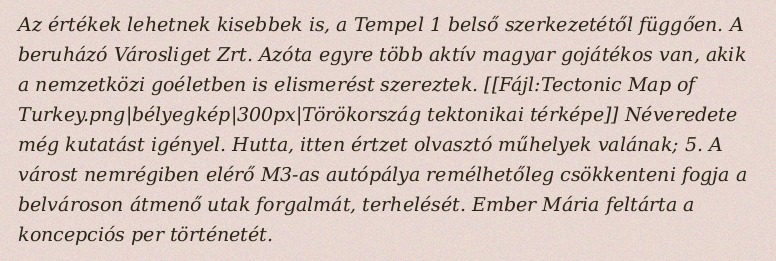
Az értékek lehetnek kisebbek is, a Tempel 1 belső szerkezetétől függően. A beruházó Városliget Zrt. Azóta egyre több aktív magyar gojátékos van, akik a nemzetközi goéletben is elismerést szereztek. [[Fájl:Tectonic Map of Turkey.png|bélyegkép|300px|Törökország tektonikai térképe]] Néveredete még kutatást igényel. Hutta, itten értzet olvasztó műhelyek valának; 5. A várost nemrégiben elérő M3-as autópálya remélhetőleg csökkenteni fogja a belvároson átmenő utak forgalmát, terhelését. Ember Mária feltárta a koncepciós per történetét.